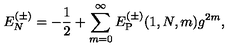
E _ { N } ^ { ( \pm ) } = - { \frac { 1 } { 2 } } + \sum _ { m = 0 } ^ { \infty } E _ { \mathrm { P } } ^ { ( \pm ) } ( 1 , N , m ) g ^ { 2 m } ,